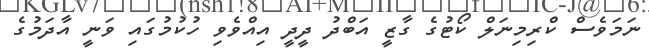
ނަމަވެސް ކްރިމިނަލް ކޯޓުގެ ގާޒީ އަބްދު ދީދީ އިއްވެވި ހުކުމުގައި ވަނީ އާދަމުގެ